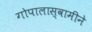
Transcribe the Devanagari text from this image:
गोपालास्वामीने